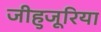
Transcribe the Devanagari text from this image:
जीहुजूरिया